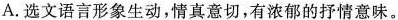
A.选文语言形象生动，情真意切，有浓郁的抒情意味。